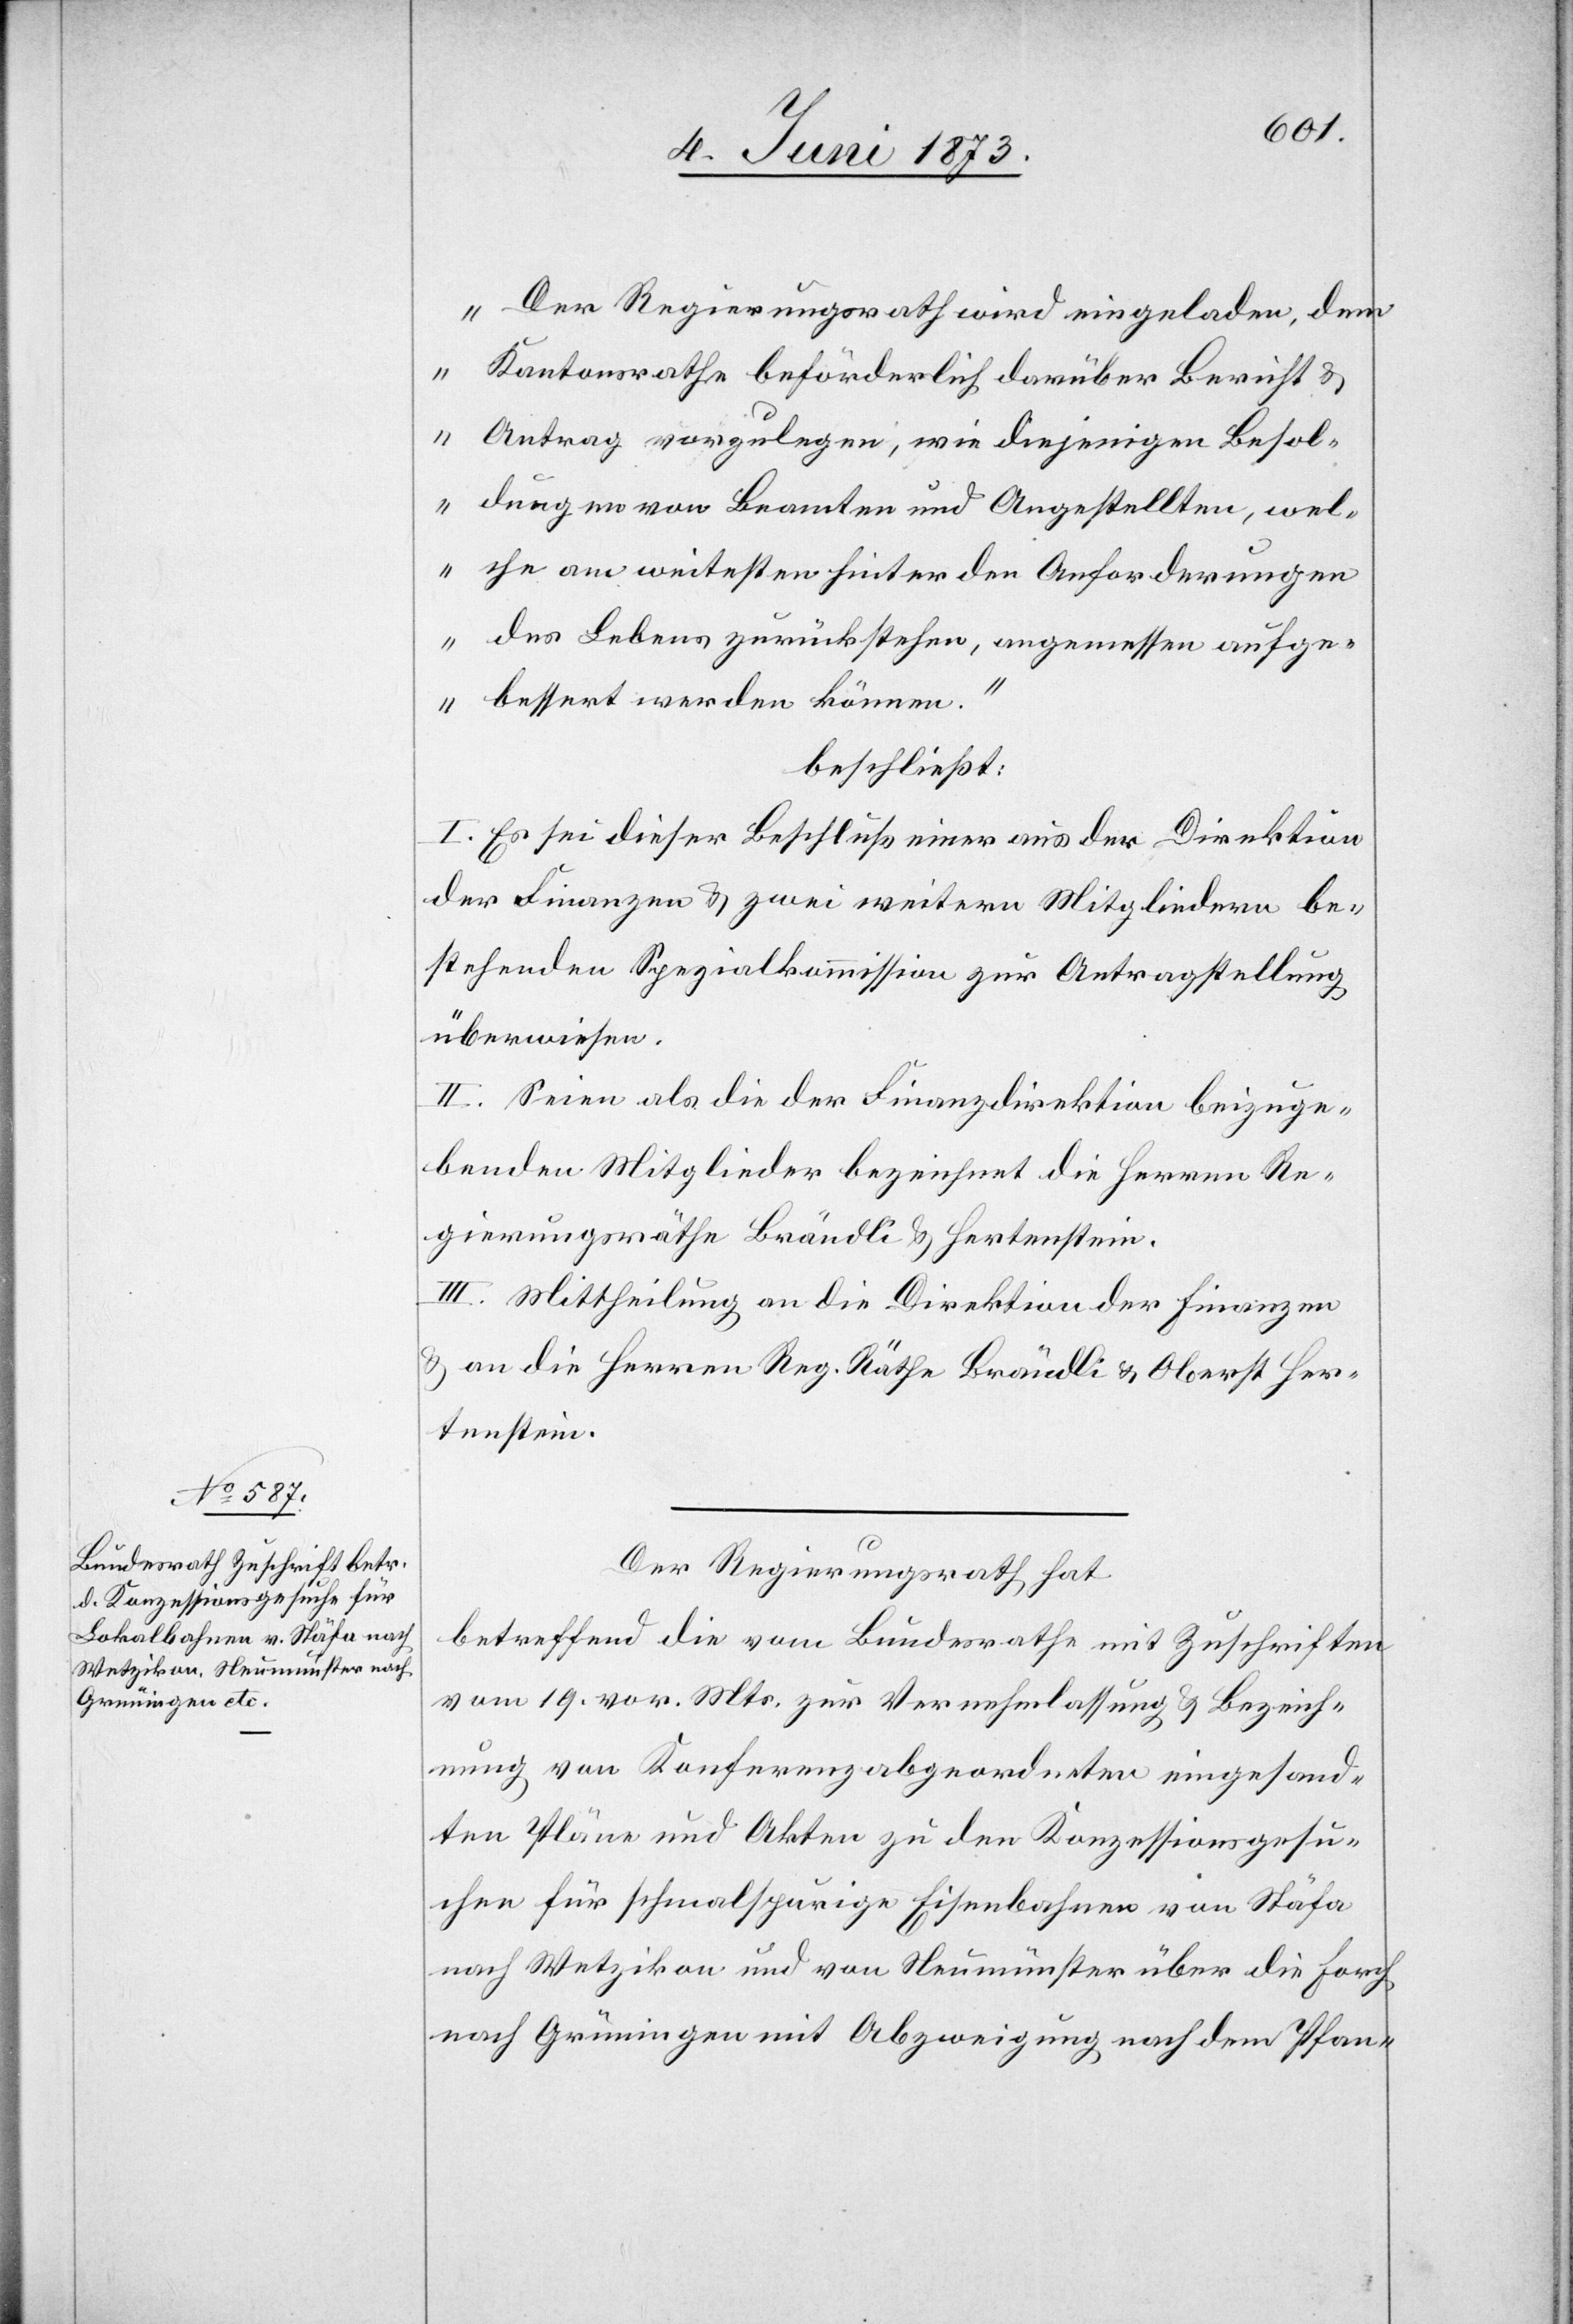
„Der Regierungsrath wird eingeladen, dem
Kantonsrathe beförderlich darüber Bericht &
Antrag vorzulegen, wie diejenigen Besol¬
dungen von Beamten und Angestellten, wel¬
che am weitesten hinter den Anforderungen
des Lebens zurückstehen, angemessen aufge¬
bessert werden können.“
beschließt:
I. Es sei dieser Beschluß einer aus der Direktion
der Finanzen & zwei weitern Mitgliedern be¬
stehenden Spezialkommission zur Antragstellung
überwiesen.
II. Seien als die der Finanzdirektion beizuge¬
benden Mitglieder bezeichnet die Herren Re¬
gierungsräthe Brändli & Hertenstein.
III. Mittheilung an die Direktion der Finanzen
& an die Herren Reg. Räthe Brändli & Oberst Her¬
tenstein.
Der Regierungsrath hat,
betreffend die vom Bundesrathe mit Zuschriften
vom 19. vor. Mts. zur Vernehmlassung & Bezeich¬
nung von Konferenzabgeordneten eingesand¬
ten Pläne und Akten zu den Konzessionsgesu¬
chen für schmalspurige Eisenbahnen von Stäfa
nach Wetzikon und von Neumünster über die Forch
nach Grüningen mit Abzweigung nach dem Pfan-